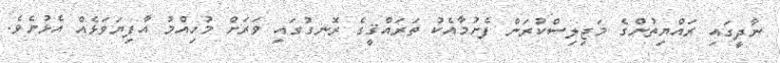
ނާދީގައި ރައްޔިތުންގެ މަޖިލިސްކުރަން ފެށުމާއެކު ތަރައްޤީގެ ރޮނގުގައި ވަރަށް މުހިއްމު އާފިޔަވަޅެއް އެޅުނެވެ.